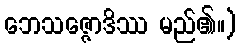
ဘေသဇ္ဇောဒိဿ မည်၏။)